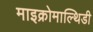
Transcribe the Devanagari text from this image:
माइक्रोमाल्थिडी